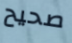
صحيح